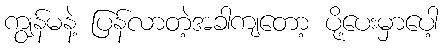
ကျွန်မနဲ့ ပြန်လာတဲ့အခါကျတော့ ပို့ပေးမှာပေါ့